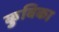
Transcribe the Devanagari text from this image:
कुबिका